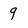
Character: 9